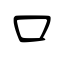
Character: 口